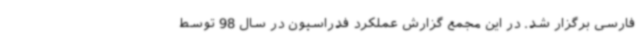
فارسی برگزار شد. در این مجمع گزارش عملکرد فدراسیون در سال 98 توسط